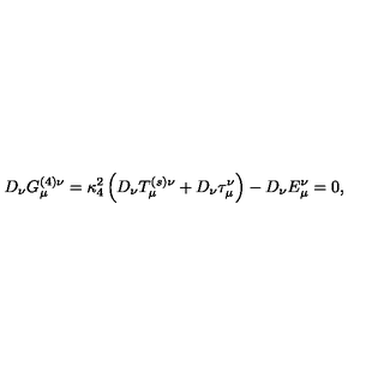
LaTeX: D _ { \nu } G _ { \mu } ^ { ( 4 ) \nu } = \kappa _ { 4 } ^ { 2 } \left( { D _ { \nu } T _ { \mu } ^ { ( s ) \nu } + D _ { \nu } \tau _ { \mu } ^ { \nu } } \right) - D _ { \nu } E _ { \mu } ^ { \nu } = 0 ,